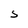
Character: S